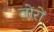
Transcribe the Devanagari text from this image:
जोंरों